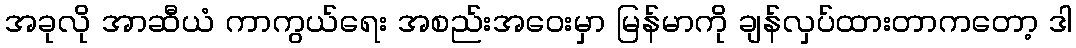
အခုလို အာဆီယံ ကာကွယ်ရေး အစည်းအဝေးမှာ မြန်မာကို ချန်လှပ်ထားတာကတော့ ဒါ